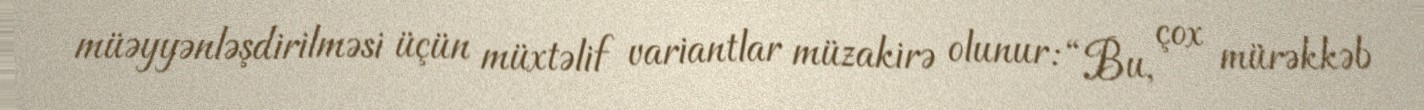
müəyyənləşdirilməsi üçün müxtəlif variantlar müzakirə olunur: “Bu, çox mürəkkəb